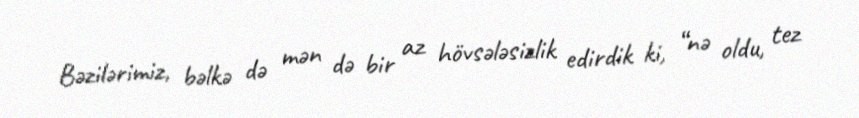
Bəzilərimiz, bəlkə də mən də bir az hövsələsizlik edirdik ki, “nə oldu, tez